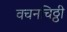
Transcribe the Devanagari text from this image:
वचनचिठ्ठी